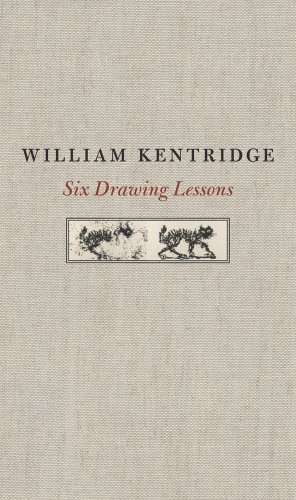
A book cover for Six Drawing Lessons (The Charles Eliot Norton Lectures); William Kentridge; Arts & Photography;